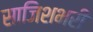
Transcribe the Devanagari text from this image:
साजिशभरी